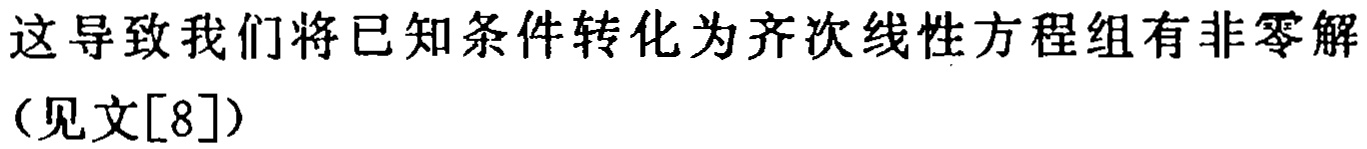
这导致我们将已知条件转化为齐次线性方程组有非零解（见文[8]）